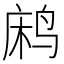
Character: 𬸐